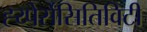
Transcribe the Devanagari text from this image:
ह्य्पेर्सेंसितिविटी